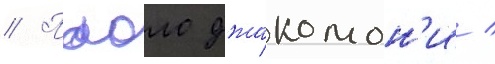
// Паоло джакомон'и /